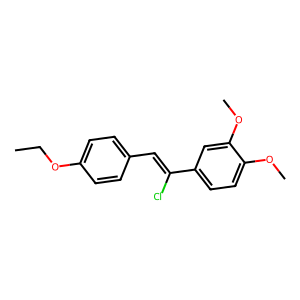
SMILES: CCOc1ccc(C=C(Cl)c2ccc(OC)c(OC)c2)cc1
Inhibits HIV replication: No